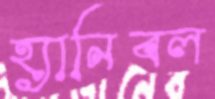
হ্যানিবল